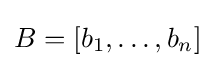
B=[b_{1},\ldots ,b_{n}]